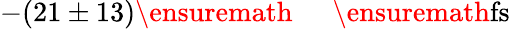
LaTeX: -(21\pm 13)\ensuremath{\mathrm{~\textrm~{~\, ~}~}}\ensuremath{\mathrm{fs}}